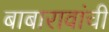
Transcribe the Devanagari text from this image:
बाबारावांची